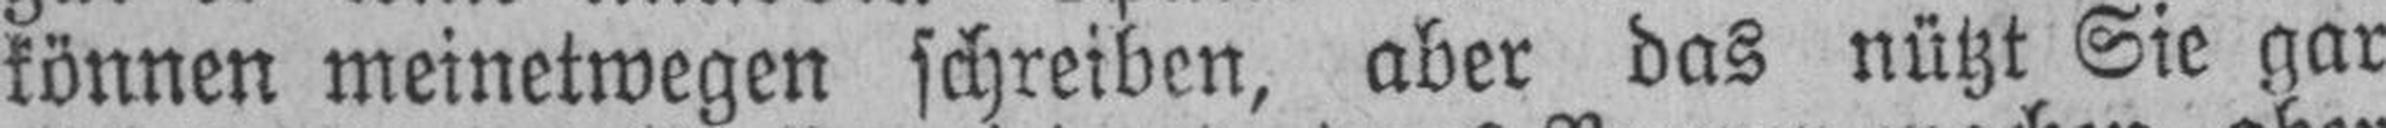
können meinetwegen schreiben, aber das nützt Sie gar